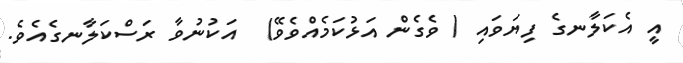
އީ އެކަލާނގެ ފިޔަވައި ( ވެގެން އަޅުކަމެއްވެވޭ)  އަކުނުވާ ރަސްކަލާނގެއެވެ.